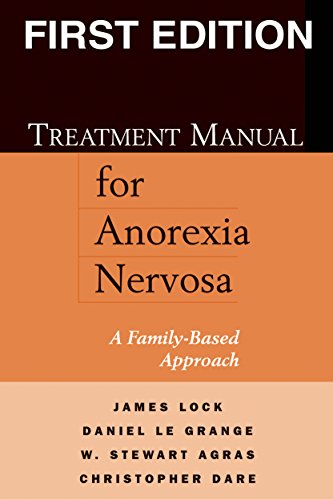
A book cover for Treatment Manual for Anorexia Nervosa: A Family-Based Approach; James Lock MD  PhD; Health, Fitness & Dieting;